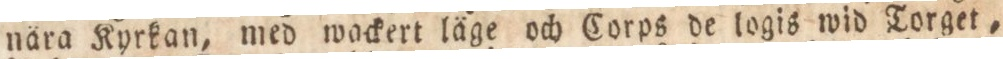
nära Kyrkan, med wackert läge och Corps de logis wid Torget,